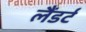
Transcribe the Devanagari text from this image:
लैंडर्ट